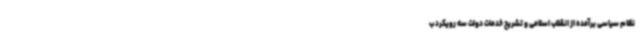
نظام سیاسی برآمده از انقلاب اسلامی و تشریح خدمات دولت سه رویکرد ب